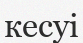
кесуі